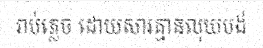
រាប់ភ្លេច ដោយសារគ្មានលុយបង់